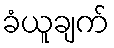
ခံယူချက်